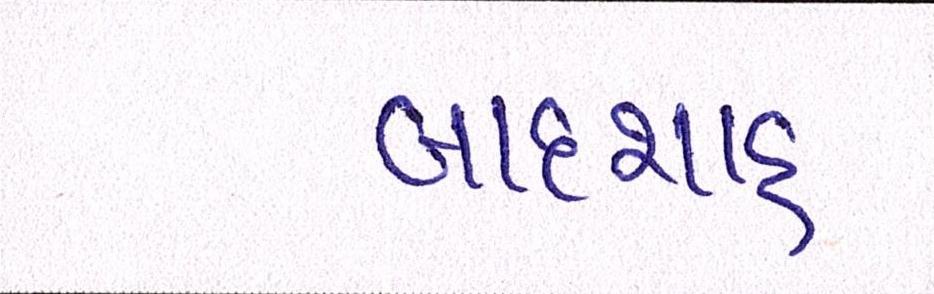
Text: બાદશાહ